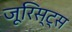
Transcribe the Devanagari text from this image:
जूरिस्ट्स